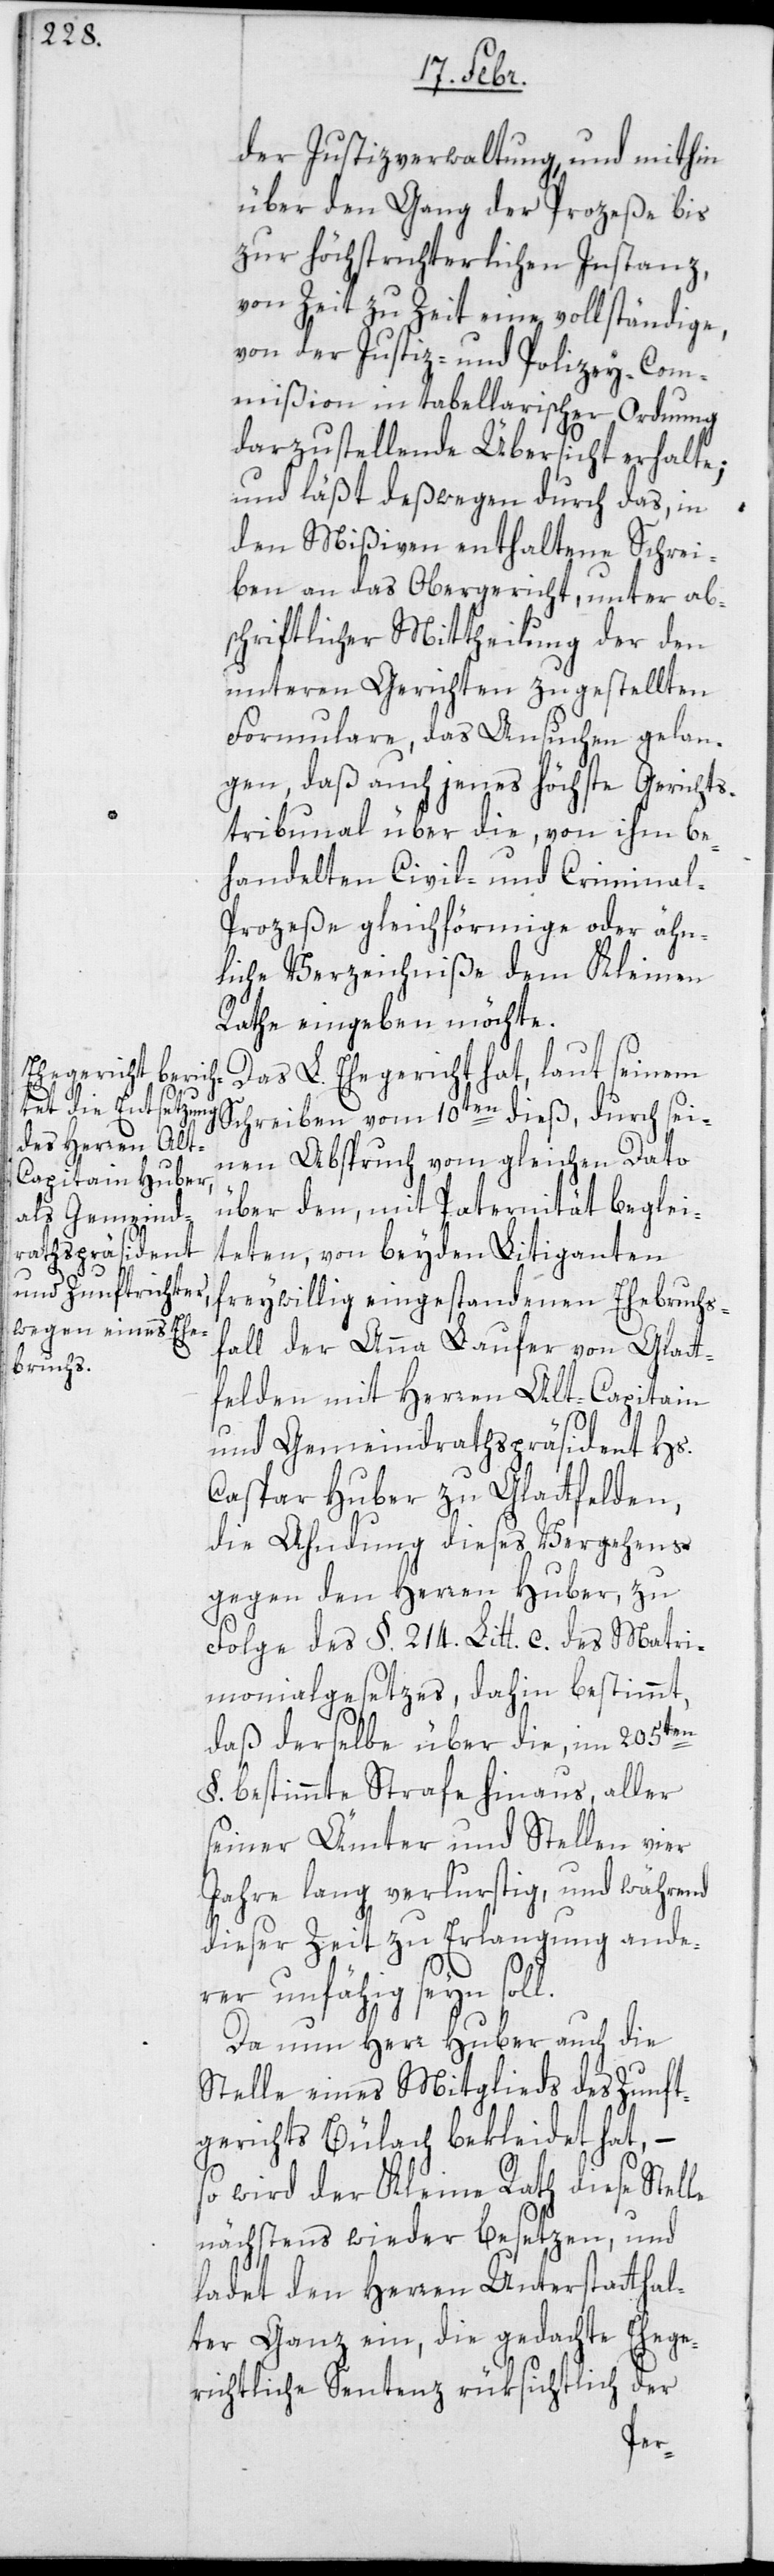
der Justizverwaltung und mithin
über den Gang der Prozeße bis
zur höchstrichterlichen Instanz,
von Zeit zu Zeit eine vollständige,
von der Justiz- und Polizey-Com¬
mißion in tabellarischer Ordnung
darzustellende Übersicht erhalte;
und läßt deßwegen durch das, in
den Mißiven enthaltene Schrei¬
ben an das Obergericht, unter ab¬
schriftlicher Mittheilung der den
untern Gerichten zugestellten
Formulare, das Ansuchen gelan¬
gen, daß auch jenes höchste Gerichts¬
tribunal über die, von ihm be¬
handelten Civil- und Criminal-P¬
rozeße gleichförmige oder ähn¬
liche Verzeichniße dem Kleinen
Rathe eingeben möchte.
Das L. Ehegericht hat, laut seinem
Schreiben vom 10ten dieß, durch sei¬
nen Abspruch vom gleichen Dato
über den, mit Paternität beglei¬
teten, von beyden Litiganten
freywillig eingestandenen Ehebruchs¬
fall der Anna Laufer von Glatt¬
felden, mit Herren Alt-Capitain
und Gemeindrathspräsident Hs.
Caspar Huber zu Glattfelden,
die Ahndung dieses Vergehens
gegen den Herren Huber, zu
Folge des §. 214. Lit. c des Matri¬
monialgesetzes, dahin bestimmt,
daß derselbe über die, im 205ten
§ bestimmte Strafe hinaus, aller
seiner Ämter und Stellen vier
Jahre lang verlustig, und während
dieser Zeit zu Erlangung ande¬
rer unfähig seyn soll.
Da nun Herr Huber auch die
Stelle eines Mitglieds des Zunft¬
gerichts Bülach bekleidet hat, –
so wird der Kleine Rath diese Stelle
nächstens wieder besetzen, und
ladet den Herren Unterstatthal¬
ter Ganz ein, die gedachte ehege¬
richtliche Sentenz rüksichtlich der